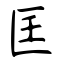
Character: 匡